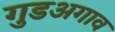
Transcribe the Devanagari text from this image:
गुडअगाव